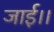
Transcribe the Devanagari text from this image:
जाई।।